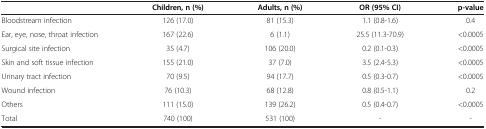
<table><thead><tr><td><b> </b></td><td><b>Children, n (%)</b></td><td><b>Adults, n (%)</b></td><td><b>OR (95% CI)</b></td><td><b>p-value</b></td></tr></thead><tbody><tr><td>Bloodstream infection</td><td>126 (17.0)</td><td>81 (15.3)</td><td>1.1 (0.8-1.6)</td><td>0.4</td></tr><tr><td>Ear, eye, nose, throat infection</td><td>167 (22.6)</td><td>6 (1.1)</td><td>25.5 (11.3-70.9)</td><td>&lt;0.0005</td></tr><tr><td>Surgical site infection</td><td>35 (4.7)</td><td>106 (20.0)</td><td>0.2 (0.1-0.3)</td><td>&lt;0.0005</td></tr><tr><td>Skin and soft tissue infection</td><td>155 (21.0)</td><td>37 (7.0)</td><td>3.5 (2.4-5.3)</td><td>&lt;0.0005</td></tr><tr><td>Urinary tract infection</td><td>70 (9.5)</td><td>94 (17.7)</td><td>0.5 (0.3-0.7)</td><td>&lt;0.0005</td></tr><tr><td>Wound infection</td><td>76 (10.3)</td><td>68 (12.8)</td><td>0.8 (0.5-1.1)</td><td>0.2</td></tr><tr><td>Others</td><td>111 (15.0)</td><td>139 (26.2)</td><td>0.5 (0.4-0.7)</td><td>&lt;0.0005</td></tr><tr><td>Total</td><td>740 (100)</td><td>531 (100)</td><td>-</td><td>-</td></tr></tbody></table>